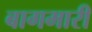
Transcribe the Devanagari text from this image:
बागमारी